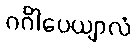
ဂင်္ဂါပေယျာလံ